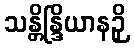
သန္တိန္ဒြိယာနဉှိ